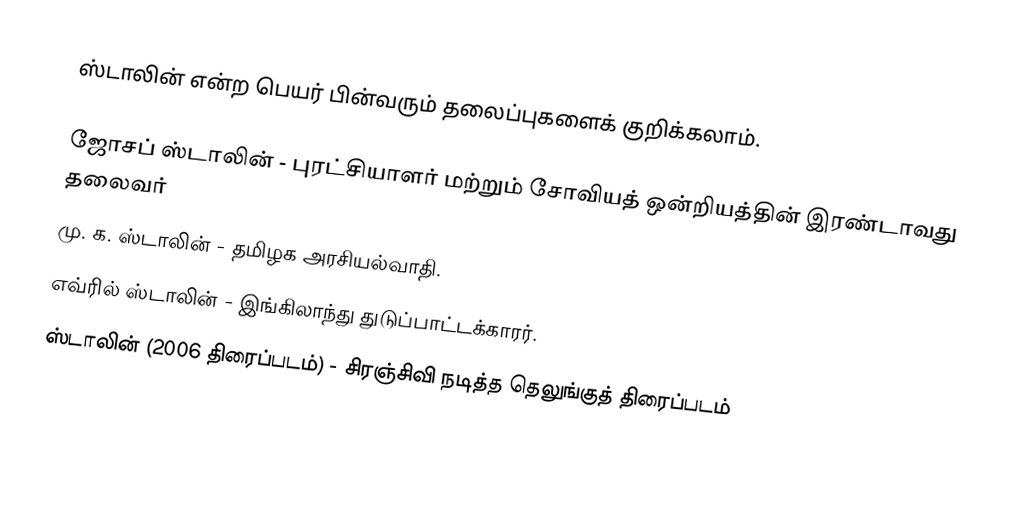
ஸ்டாலின் என்ற பெயர் பின்வரும் தலைப்புகளைக் குறிக்கலாம்.

 ஜோசப் ஸ்டாலின் - புரட்சியாளர் மற்றும் சோவியத் ஒன்றியத்தின் இரண்டாவது தலைவர்
 மு. க. ஸ்டாலின் - தமிழக அரசியல்வாதி.
 எவ்ரில் ஸ்டாலின் - இங்கிலாந்து துடுப்பாட்டக்காரர்.
 ஸ்டாலின் (2006 திரைப்படம்) - சிரஞ்சிவி நடித்த தெலுங்குத் திரைப்படம்